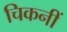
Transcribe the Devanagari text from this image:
चिकनीं